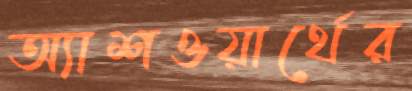
অ্যাশওয়ার্থের